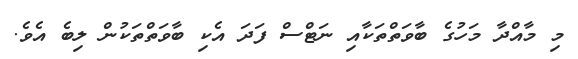
މި މާއްދާ މަހުގެ ބާވަތްތަކާއި ނަޓްސް ފަދަ އެކި ބާވަތްތަކުން ލިބެ އެވެ.